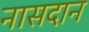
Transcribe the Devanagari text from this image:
नासदान